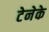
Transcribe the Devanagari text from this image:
टेनेके